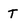
Character: T